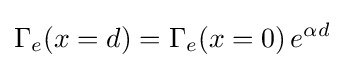
\Gamma _{e}(x=d)=\Gamma _{e}(x=0)\,e^{\alpha d}